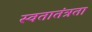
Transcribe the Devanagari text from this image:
स्वतातंत्रता